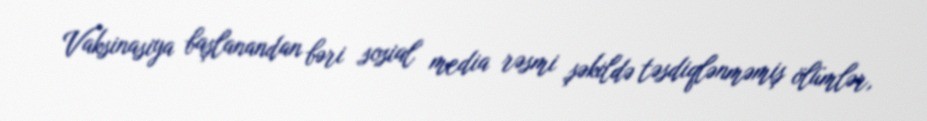
Vaksinasiya başlanandan bəri sosial media rəsmi şəkildə təsdiqlənməmiş ölümlər,